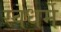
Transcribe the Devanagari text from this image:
स्वधर्मे